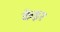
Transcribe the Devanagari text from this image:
केइर